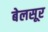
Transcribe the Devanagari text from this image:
बेलसूर